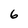
Character: 6